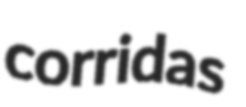
corridas